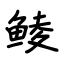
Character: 鲮